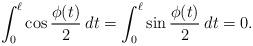
LaTeX: \begin{align*} \int_0^\ell \cos \frac{\phi(t)}{2} \: dt = \int_0^\ell \sin \frac{\phi(t)}{2} \: dt = 0.\end{align*}